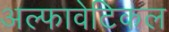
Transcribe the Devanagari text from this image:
अल्फावेटिकल